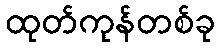
ထုတ်ကုန်တစ်ခု